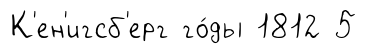
К'ен'игсб'ерг го́ды 1812 5